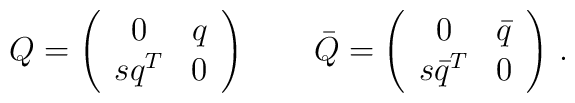
Q = \left(\begin{array}{cc} 0&q\\s  q^T &0 \end{array}\right)\qquad\bar Q = \left(\begin{array}{cc} 0&\bar q \\s  \bar{q}^T &0 \end{array}\right)\,.